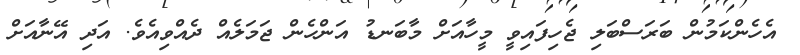
އެހެންކަމުން ބަރަސްބަލި ޖެހިފައިވީ މީހާއަށް މާބަނޑު އަންހެން ޖަމަލެއް ދެއްވިއެވެ. އަދި އޭނާއަށް